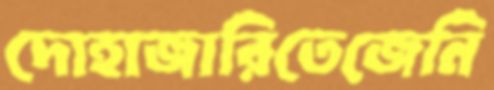
দোহাজারিতেজেনি